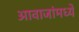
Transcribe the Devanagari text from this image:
आवाजांमध्ये